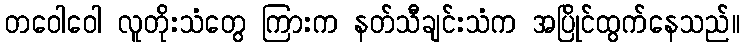
တဝေါဝေါ လူတိုးသံတွေ ကြားက နတ်သီချင်းသံက အပြိုင်ထွက်နေသည်။